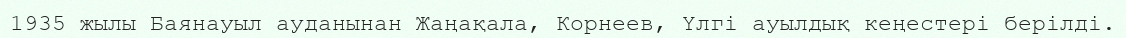
1935 жылы Баянауыл ауданынан Жаңақала, Корнеев, Үлгі ауылдық кеңестері берілді.